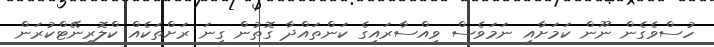
ހުސްވެގެން ނޫން ކަމަށާއި ނަމަވެސް ވިއްސާރައިގެ ކަންތައްދާ ގޮތުން ގިނަ ރަށްތަކެއް ކްލޮރިނޭޓްކުރަން